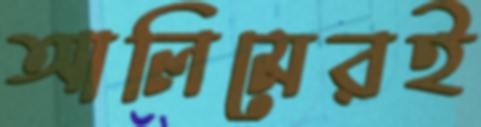
আলিমেরই